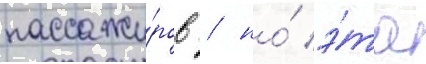
пассажи́ров / но́ э́та